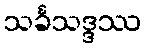
သင်္ခသဒ္ဒဿ